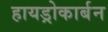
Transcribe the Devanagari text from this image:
हायड्रोकार्बन